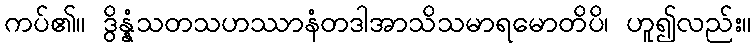
ကပ်၏။ ဒွိန္နံသတသဟဿာနံတဒါအာသိသမာရမောတိပိ၊ ဟူ၍လည်း။